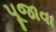
પૂજાવા